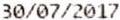
30/07/2017